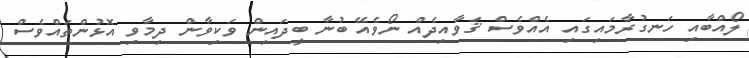
ލޯއްބާއި ހަނގުރާމައިގައި އެއްވެސް ޤަވާއިދެއް ނޯވެއޭ ބުނާ ބީދައިން ވަކިވާން ދިމާވި އޮޅުންތައްވެސް